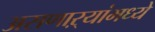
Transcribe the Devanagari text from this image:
असणाऱ्यांमध्ये